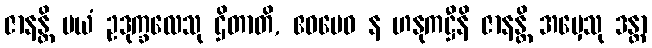
ဇာနန္တိ မယံ ဥဒုက္ခလေသု ဌိတာတိ, ဧဝမေဝ န ဟနုကဋ္ဌီနိ ဇာနန္တိ အမှေသု ဒန္တာ